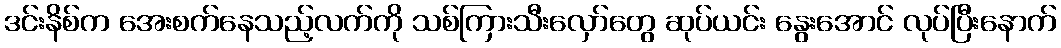
ဒင်းနိစ်က အေးစက်နေသည့်လက်ကို သစ်ကြားသီးလှော်တွေ ဆုပ်ယင်း နွေးအောင် လုပ်ပြီးနောက်